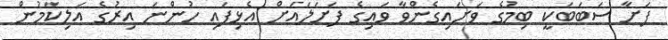
ފަށާ ސަބަބަކީ ބިމުގެ ވަށައިގެންވާ ވައިގެ ފަށަލައަށް އެޅިފައި ހުންނަ އިރުގެ އަލިކަމުން